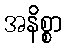
အနိစ္စာ